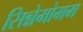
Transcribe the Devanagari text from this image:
सिन्नेमोमम